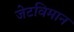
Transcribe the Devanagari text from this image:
जेटविमान